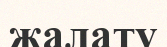
жалату